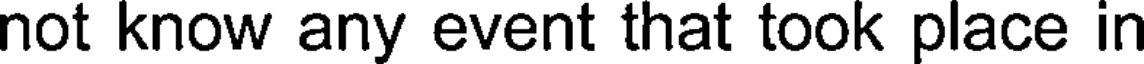
not know any event that took place in